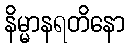
နိမ္မာနရတိနော